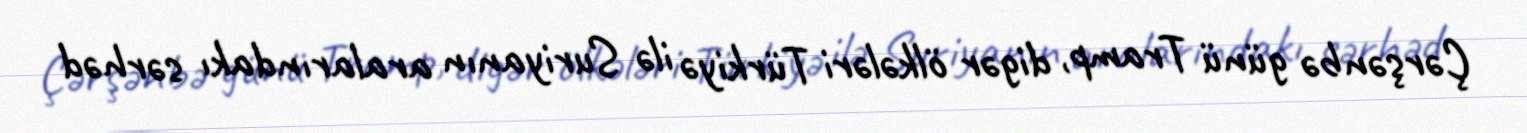
Çərşənbə günü Tramp, digər ölkələri Türkiyə ilə Suriyanın aralarındakı sərhəd